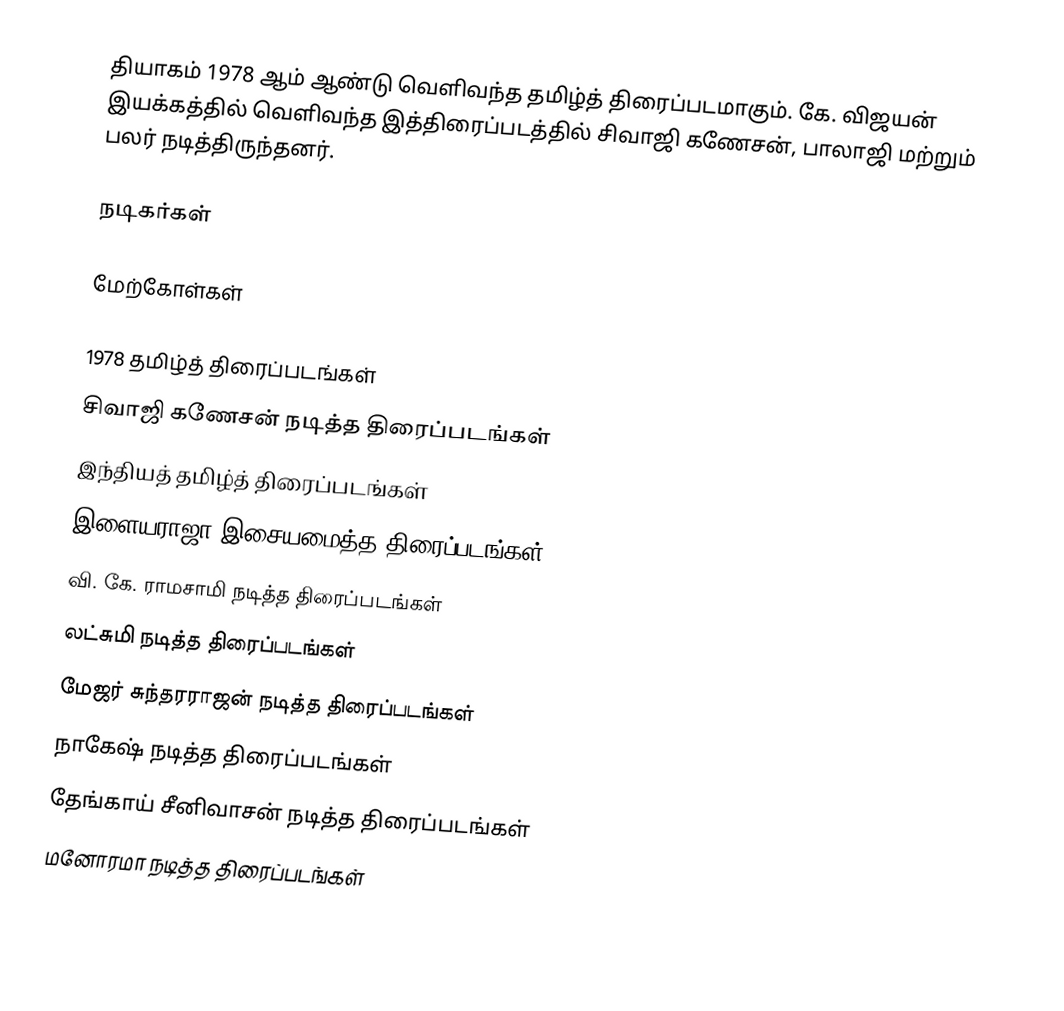
தியாகம் 1978 ஆம் ஆண்டு வெளிவந்த தமிழ்த் திரைப்படமாகும். கே. விஜயன் இயக்கத்தில் வெளிவந்த இத்திரைப்படத்தில் சிவாஜி கணேசன், பாலாஜி மற்றும் பலர் நடித்திருந்தனர்.

நடிகர்கள்

மேற்கோள்கள்

1978 தமிழ்த் திரைப்படங்கள்
சிவாஜி கணேசன் நடித்த திரைப்படங்கள்
இந்தியத் தமிழ்த் திரைப்படங்கள்
இளையராஜா இசையமைத்த திரைப்படங்கள்
வி. கே. ராமசாமி நடித்த திரைப்படங்கள்
லட்சுமி நடித்த திரைப்படங்கள்
மேஜர் சுந்தரராஜன் நடித்த திரைப்படங்கள்
நாகேஷ் நடித்த திரைப்படங்கள்
தேங்காய் சீனிவாசன் நடித்த திரைப்படங்கள்
மனோரமா நடித்த திரைப்படங்கள்